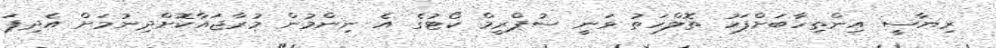
ރިޔާސީ އިންތިހާބަށްފަހު ތޮލްހަތު ވަނީ ސުޕްރީމް ކޯޓުގެ އެ ނިންމުން މުރާޖައާކޮށްދިނުމަށް އެދިފަ